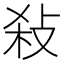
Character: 𢼢